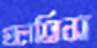
গুলতিস